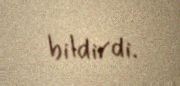
bildirdi.